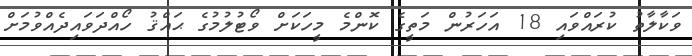
ވަކާލާތު ކުރައްވައި 18 އަހަރުން މަތީގެ ކޮންމެ މީހަކަށް ވޯޓުލުމުގެ ޙައްޤު ހޯއްދަވައިދެއްވުމަށް